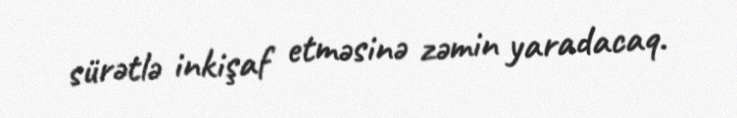
sürətlə inkişaf etməsinə zəmin yaradacaq.